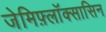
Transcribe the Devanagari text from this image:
जेमिफ़्लॉक्सासिन